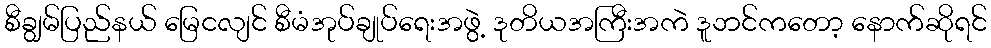
စီချွမ်ပြည်နယ် မြေငလျင် စီမံအုပ်ချုပ်ရေးအဖွဲ့ ဒုတိယအကြီးအကဲ ဒူဘင်ကတော့ နောက်ဆိုရင်